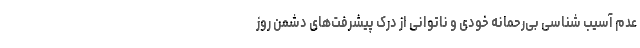
عدم آسیب شناسی بی‌رحمانه خودی و ناتوانی از درک پیشرفت‌های دشمن روز